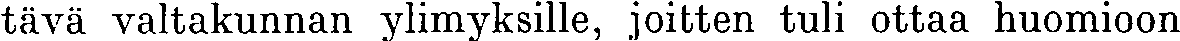
tävä valtakunnan ylimyksille, joitten tuli ottaa huomioon